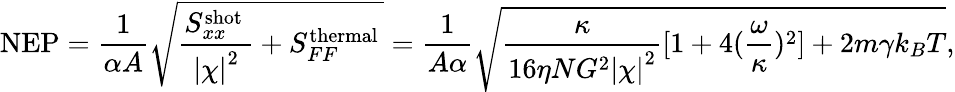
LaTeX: \mathrm{NEP}=\frac{1}{\alpha A}\sqrt{\frac{S_{xx}^{\mathrm{shot~}}}{\left|\chi\right|^{2}}+S_{FF}^{\mathrm{thermal~}}}=\frac{1}{A\alpha}\sqrt{\frac{\kappa}{16\eta NG^{2}{|\chi|}^{2}}[1+4(\frac{\omega}{\kappa})^{2}]+2m\gamma k_{B}T},